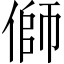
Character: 𪝜